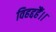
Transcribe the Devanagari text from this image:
विहद्दहैं।।